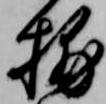
捕